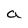
Character: a